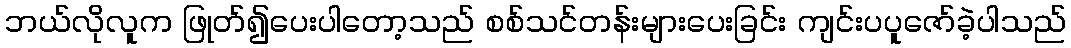
ဘယ်လိုလူက ဖြုတ်၍ပေးပါတော့သည် စစ်သင်တန်းများပေးခြင်း ကျင်းပပူဇော်ခဲ့ပါသည်